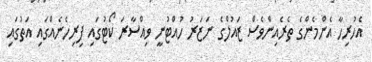
އެހުރިހާ އެންމެންގެ ތެރެއިންވެސް ޒައުލްގެ ނަޒަރު ހުއްޓުނީ ވިއްސާރަ ކޯޓުގައި ފިރިހެނެއްގައި އަތުގައި